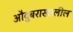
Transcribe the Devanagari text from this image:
औदुंबराखालील